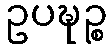
ဥပဍ္ဎဉ္စ